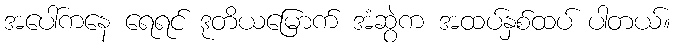
အပေါ်ကနေ ရေရင် ဒုတိယမြောက် အံဆွဲက အထပ်နှစ်ထပ် ပါတယ်။